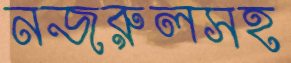
নজরুলসহ